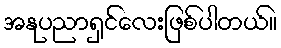
အနုပညာရှင်လေးဖြစ်ပါတယ်။